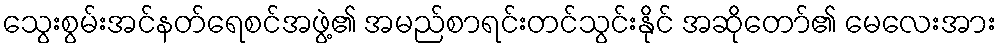
သွေးစွမ်းအင်နတ်ရေစင်အဖွဲ့၏ အမည်စာရင်းတင်သွင်းနိုင် အဆိုတော်၏ မေလေးအား